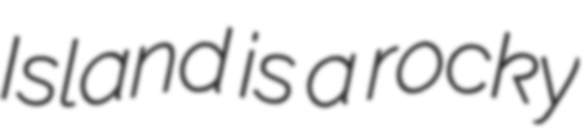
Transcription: Island is a rocky